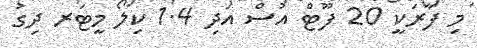
މި ފާރަކީ 20 ފޫޓް އުސް އަދި 1.4 ކިލޯ މީޓަރ ދިގު